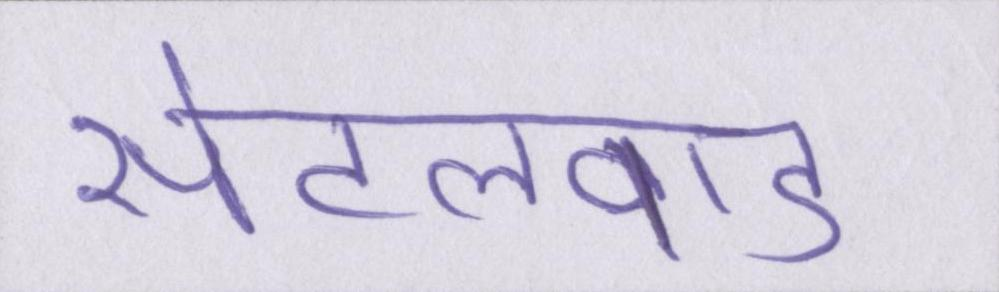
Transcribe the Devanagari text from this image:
सेटलवाड